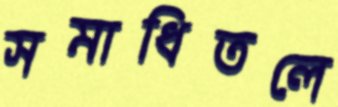
সমাধিতলে